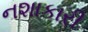
નશાકારી